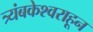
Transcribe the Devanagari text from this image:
त्र्यंबकेश्वराहून